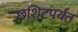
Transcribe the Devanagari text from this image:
छशिटपर्यंत